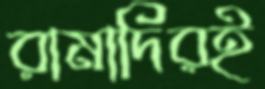
রামাদিরই